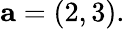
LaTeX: \mathbf{a}=(2,3).